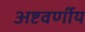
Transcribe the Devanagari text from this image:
अष्टवर्णीय